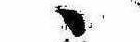
ゝ